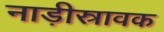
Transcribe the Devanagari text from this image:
नाड़ीस्रावक